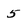
Character: 5